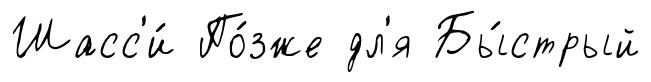
Шасс'и́ По́зже дл'я Бы́стрый